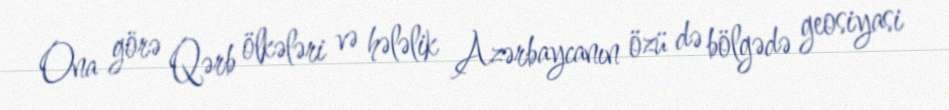
Ona görə Qərb ölkələri və hələlik Azərbaycanın özü də bölgədə geosiyasi